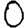
Digit: 0